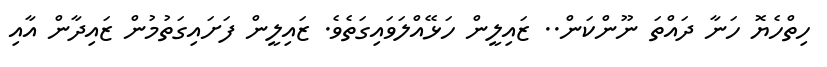
ހިތްހެޔޮ ހަނާ ދައްތަ ނޫންކަން.. ޒައިލީން ހަޅޭއްލަވައިގަތެވެ. ޒައިލީން ފަށައިގަތުމުން ޒައިދާން އާއި